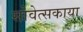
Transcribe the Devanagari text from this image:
सोवेत्सकाया